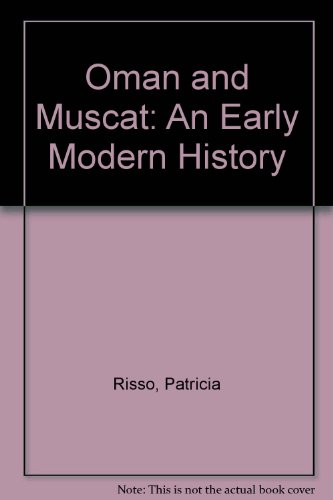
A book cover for Oman and Muscat: An Early Modern History; Patricia Risso; History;